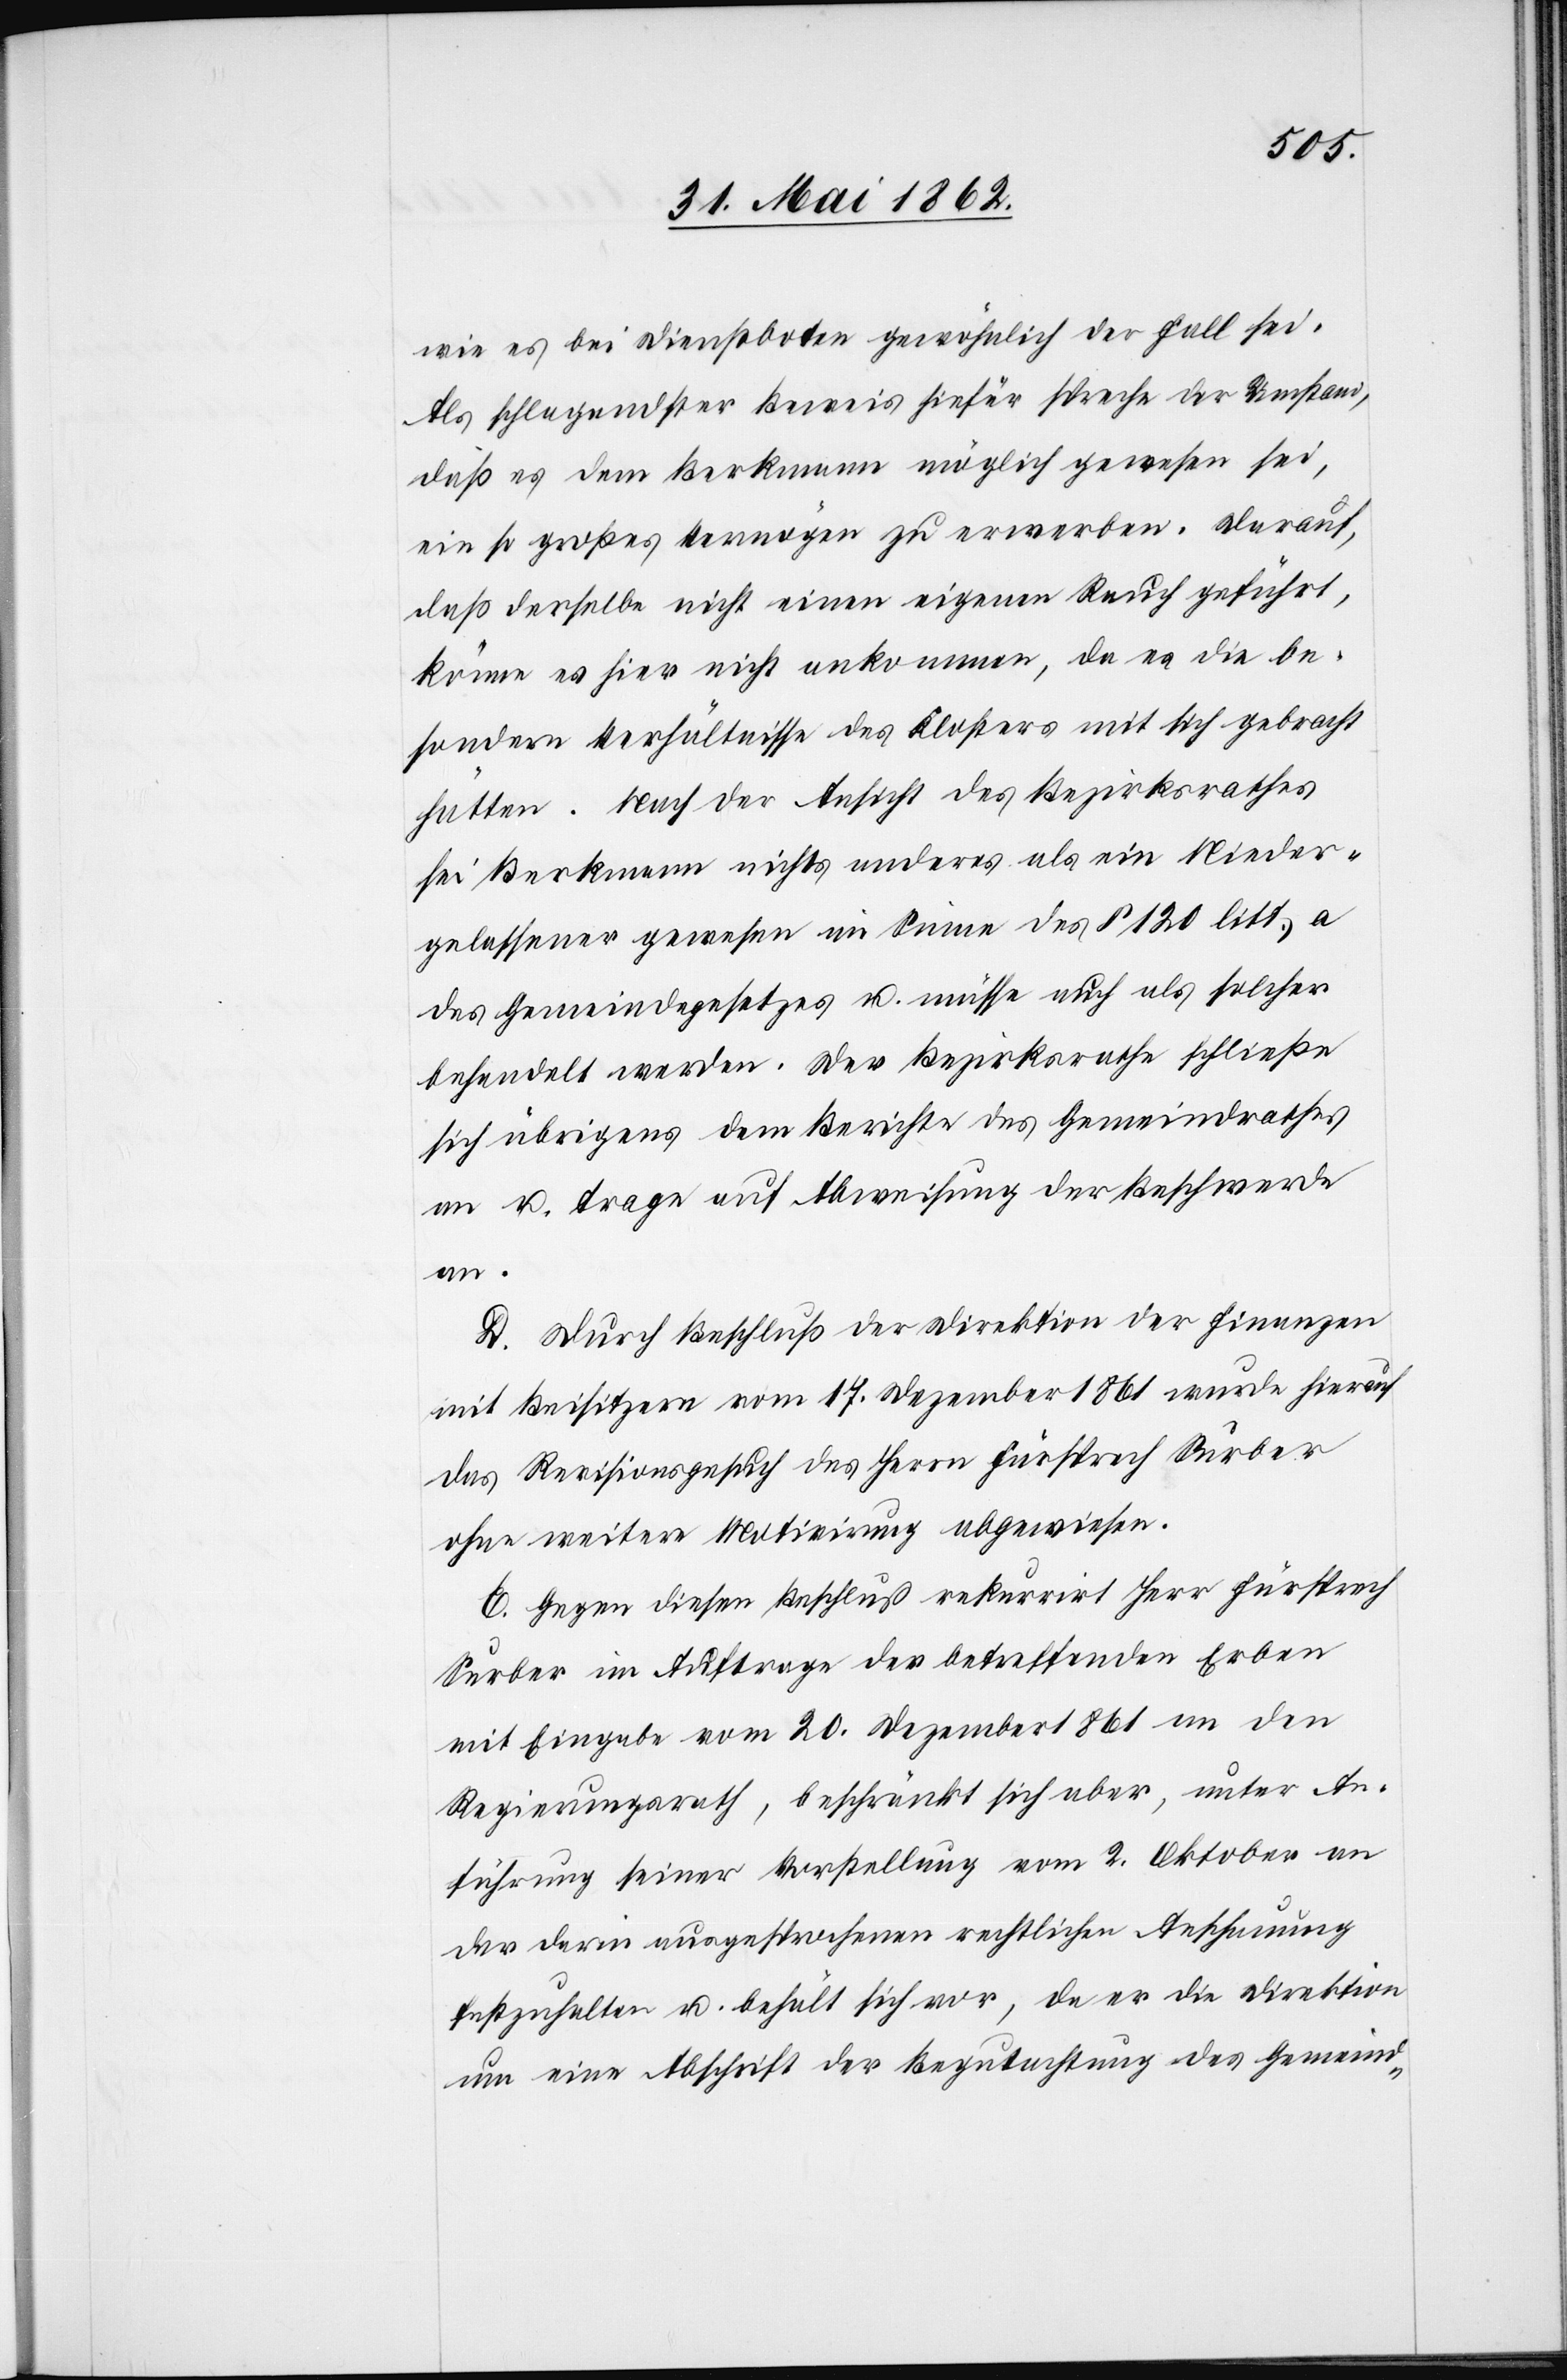
wie es bei Dienstboten gewöhnlich der Fall sei.
Als schlagendster Beweis hiefür spreche der Umstand,
daß es dem Berkmann möglich gewesen sei,
ein so großes Vermögen zu erwerben. Darauf,
daß derselbe nicht einen eigenen Rauch geführt,
könne es hier nicht ankommen, da es die be¬
sondern Verhältnisse des Klosters mit sich gebracht
hätten. Nach der Ansicht des Bezirksrathes
sei Berkmann nichts anderes als ein Nieder¬
gelassener gewesen im Sinne des § 120 litt. a
des Gemeindegesetzes u. müsse auch als solcher
behandelt werden. Der Bezirksrath schließe
sich übrigens dem Berichte des Gemeindrathes
an u. trage auf Abweisung der Beschwerde
an.
D. Durch Beschluß der Direktion der Finanzen
mit Beisitzern vom 17. Dezember 1861 wurde hierauf
das Revisionsgesuch des Herrn Fürsprech Surber
ohne weitere Motivirung abgewiesen.
E. Gegen diesen Beschluß rekurrirt Herr Fürsprech
Surber im Auftrage der betreffenden Erben
mit Eingabe vom 20. Dezember 1861 an den
Regierungsrath, beschränkt sich aber, unter An¬
führung seiner Vorstellung vom 2. Oktober an
der darin ausgesprochenen rechtlichen Anschauung
festzuhalten u. behält sich vor, da er die Direktion
um eine Abschrift der Begutachtung des Gemeind-